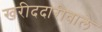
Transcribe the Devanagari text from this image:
खरीददारीवाले